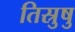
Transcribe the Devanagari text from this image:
तिस्रुषु